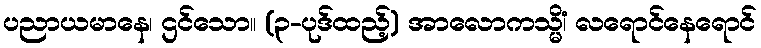
ပညာယမာနေ၊ ဌင်သော။ (၃-ပုဒ်ထည့်) အာလောကသ္မိံ၊ လရောင်နေရောင်